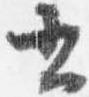
書